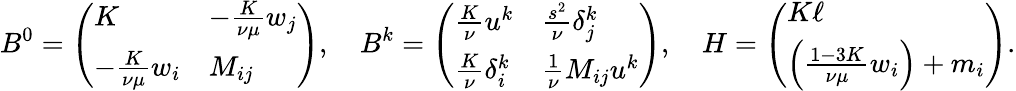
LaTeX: B^{0}=\left(\begin{array}{ll}{K}&{-\frac{K}{\nu\mu}w_{j}}\\ {-\frac{K}{\nu\mu}w_{i}}&{M_{ij}}\end{array}\right),\quad B^{k}=\left(\begin{array}{ll}{\frac{K}{\nu}u^{k}}&{\frac{s^{2}}{\nu}\delta_{j}^{k}}\\ {\frac{K}{\nu}\delta_{i}^{k}}&{\frac{1}{\nu}M_{ij}u^{k}}\end{array}\right),\quad H=\left(\begin{array}{l}{K\ell}\\ {\Bigl(\frac{1-3K}{\nu\mu}w_{i}\Bigr)+m_{i}}\end{array}\right).